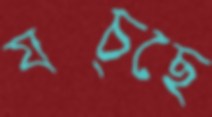
যচ্ছে